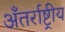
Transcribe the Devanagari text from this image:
अँतर्राष्ट्रीय